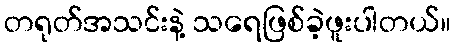
တရုတ်အသင်းနဲ့ သရေဖြစ်ခဲ့ဖူးပါတယ်။